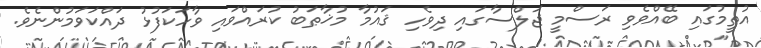
އުތީމުގައި ބޭއްވެވި ރަސްމީ ޖަލްސާގައި ދިވެހި ޤައުމާ މުޚާޠަބު ކުރައްވައި ވާހަކަފުޅު ދައްކަވަމުންނެވެ.